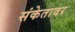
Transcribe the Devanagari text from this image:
संकेतावर